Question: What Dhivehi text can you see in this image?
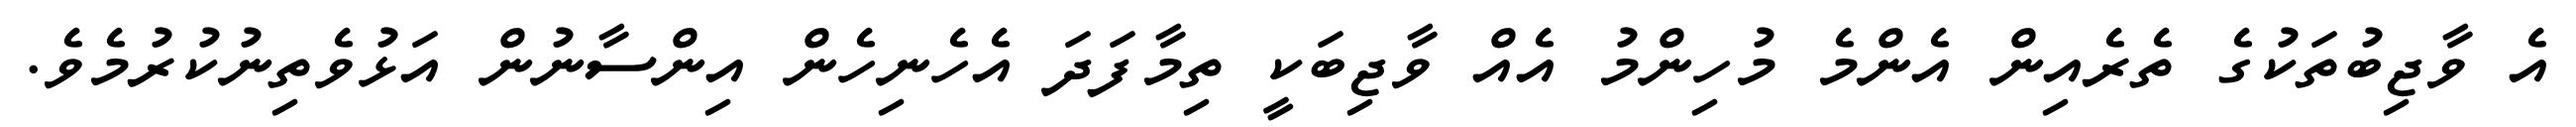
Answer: އެ ވާޖިބުތަކުގެ ތެރެއިން އެންމެ މުހިންމު އެއް ވާޖިބަކީ ތިމާފަދަ އެހެނިހެން އިންސާނުން އަޅުވެތިނުކުރުމެވެ.